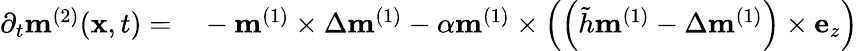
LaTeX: \begin{array}{rl}{\partial_{t}\mathbf{m}^{(2)}(\mathbf{x},t)=}&{{}-\mathbf{m}^{(1)}\times\Delta\mathbf{m}^{(1)}-\alpha\mathbf{m}^{(1)}\times\left(\left(\tilde{h}\mathbf{m}^{(1)}-\Delta\mathbf{m}^{(1)}\right)\times\mathbf{e}_{z}\right)}\end{array}